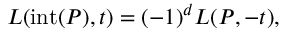
L ( \operatorname { i n t } ( P ) , t ) = ( - 1 ) ^ { d } L ( P , - t ) ,